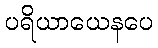
ပရိယာယေနပေ